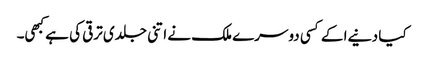
کیا دنیےا کے کسی دوسرے ملک نے اتنی جلدی ترقی کی ہے کبھی۔